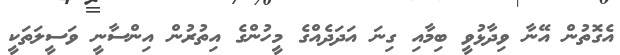
އެގޮތުން އޭނާ ވިދާޅުވީ ބިމާއި ގިނަ އަދަދެއްގެ މީހުންގެ އިތުރުން އިންސާނީ ވަސީލަތަކީ